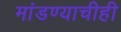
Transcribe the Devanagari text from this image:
मांडण्याचीही